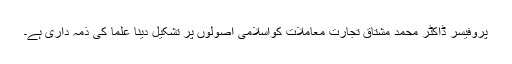
پروفیسر ڈاکٹر محمد مشتاق تجارت معاملات کواسلامی اصولوں پر تشکیل دینا علما کی ذمہ داری ہے۔